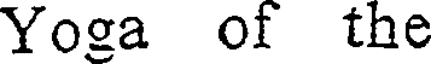
Yoga of the